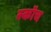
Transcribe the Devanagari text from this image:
स्‍कॉच